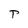
Character: T